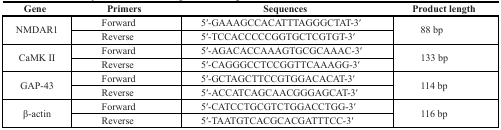
<table><thead><tr><td><b>Gene</b></td><td><b>Primers</b></td><td><b>Sequences</b></td><td><b>Product length</b></td></tr></thead><tbody><tr><td rowspan="2">NMDAR1</td><td>Forward</td><td>5′-GAAAGCCACATTTAGGGCTAT-3′</td><td rowspan="2">88 bp</td></tr><tr><td>Reverse</td><td>5′-TCCACCCCCGGTGCTCGTGT-3′</td></tr><tr><td rowspan="2">CaMK II</td><td>Forward</td><td>5′-AGACACCAAAGTGCGCAAAC-3′</td><td rowspan="2">133 bp</td></tr><tr><td>Reverse</td><td>5′-CAGGGCCTCCGGTTCAAAGG-3′</td></tr><tr><td rowspan="2">GAP-43</td><td>Forward</td><td>5′-GCTAGCTTCCGTGGACACAT-3′</td><td rowspan="2">114 bp</td></tr><tr><td>Reverse</td><td>5′-ACCATCAGCAACGGGAGCAT-3′</td></tr><tr><td rowspan="2">β-actin</td><td>Forward</td><td>5′-CATCCTGCGTCTGGACCTGG-3′</td><td rowspan="2">116 bp</td></tr><tr><td>Reverse</td><td>5′-TAATGTCACGCACGATTTCC-3′</td></tr></tbody></table>